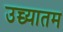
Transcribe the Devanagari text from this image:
उच्च्यातम